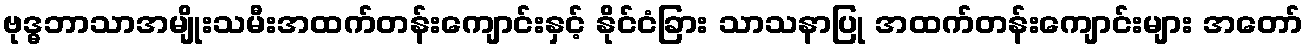
ဗုဒ္ဓဘာသာအမျိုးသမီးအထက်တန်းကျောင်းနှင့် နိုင်ငံခြား သာသနာပြု အထက်တန်းကျောင်းများ အတော်